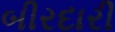
બીરદારી